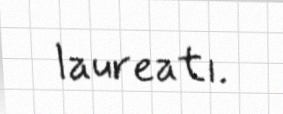
laureatı.